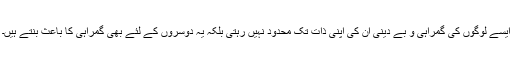
ایسے لوگوں کی گمراہی و بے دینی ان کی اپنی ذات تک محدود نہیں رہتی بلکہ یہ دوسروں کے لئے بھی گمراہی کا باعث بنتے ہیں۔